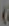
)